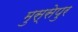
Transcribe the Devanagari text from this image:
मुस्सेपुर